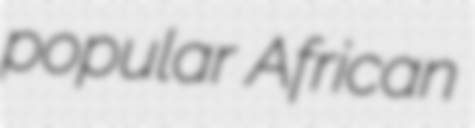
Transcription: popular African